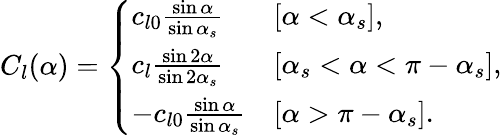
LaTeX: \begin{array}{r}{C_{l}(\alpha)=\left\{ \begin{array}{ll}{c_{l0}\frac{\sin\alpha}{\sin\alpha_{s}}}&{[\alpha<\alpha_{s}],}\\ {c_{l}\frac{\sin 2\alpha}{\sin 2\alpha_{s}}}&{[\alpha_{s}<\alpha<\pi-\alpha_{s}],}\\ {-c_{l0}\frac{\sin\alpha}{\sin\alpha_{s}}}&{[\alpha>\pi-\alpha_{s}].}\end{array}\right.}\end{array}